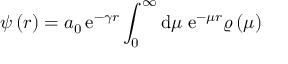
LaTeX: \psi \left( r \right) = a _ { 0 } \, \mathrm { e } ^ { - \gamma r } \int _ { 0 } ^ { \infty } \mathrm { d } \mu \; \mathrm { e } ^ { - \mu r } \varrho \left( \mu \right)